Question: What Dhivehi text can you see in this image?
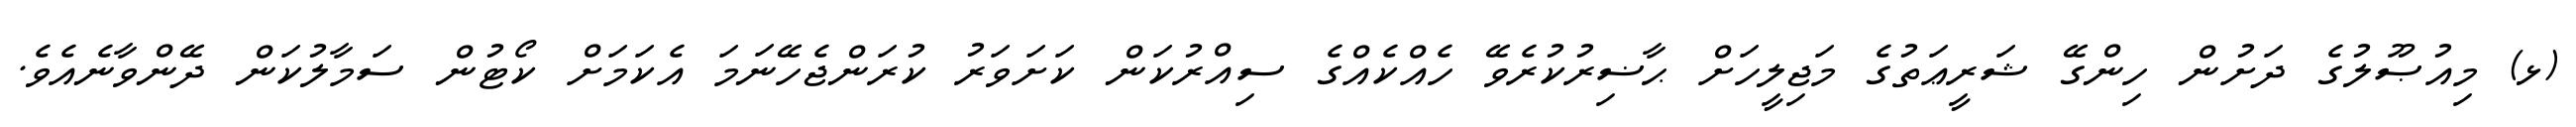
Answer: (ޅ) މިއުޞޫލުގެ ދަށުން ހިންގޭ ޝަރީޢަތުގެ މަޖިލީހަށް ޙާޟިރުކުރެވޭ ހެއްކެއްގެ ސިއްރުކަން ކަށަވަރު ކުރަންޖެހޭނަމަ އެކަމަށް ކޯޓުން ސަމާލުކަން ދޭންވާނެއެވެ.